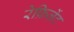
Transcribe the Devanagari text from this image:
रेफ्रिज्रेंट